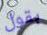
بقول